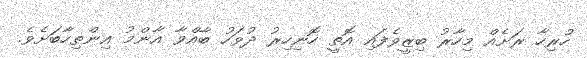
ހުރިހާ ރަށެއް މިހާރު ބިޒީވެފައި އޮތީ ހޮނިހިރު ދުވަހު ބާއްވާ އާންމު އިންތިހާބަށެވެ.